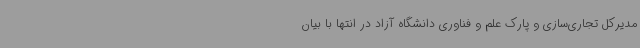
مدیرکل تجاری‌سازی و پارک علم و فناوری دانشگاه آزاد در انتها با بیان